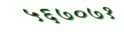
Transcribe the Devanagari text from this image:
५६७०७१